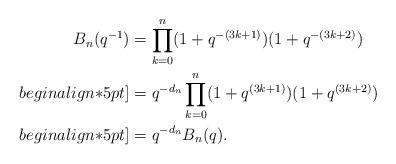
LaTeX: \begin{align*}B_n(q^{-1})&=\prod_{k=0}^{n}(1+q^{-(3k+1)})(1+q^{-(3k+2)}) \\begin{align*}5pt]&=q^{-d_n}\prod_{k=0}^{n}(1+q^{(3k+1)})(1+q^{(3k+2)}) \\begin{align*}5pt]&=q^{-d_n} B_n(q).\end{align*}